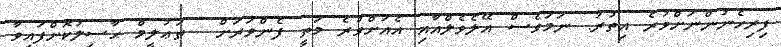
ފިރިހެނުންނަށްވުރެ އިތުރު. ނަމަވެސް އޭލެވެލްއާއި އެއަށްވުރެ މަތީ ފެންވަރަށް  ތަޢުލީމް ޙާސިލުކޮށްފައިވާ